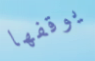
يوقفها